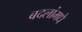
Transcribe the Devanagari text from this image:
बदलांमधे